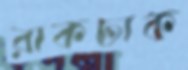
রাকঢাক